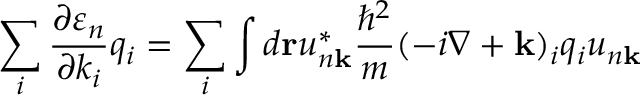
\sum _ { i } { \frac { \partial \varepsilon _ { n } } { \partial k _ { i } } } q _ { i } = \sum _ { i } \int d \mathbf { r } u _ { n \mathbf { k } } ^ { * } { \frac { \hbar ^ { 2 } } { m } } ( - i \nabla + \mathbf { k } ) _ { i } q _ { i } u _ { n \mathbf { k } }